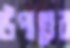
উপাত্তের